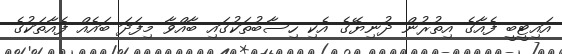
އައިޓީބީ ފެއާގެ އިތުރުން ދުނިޔޭގެ އެކި ހިސާބުތަކުގައި ބާއްވާ މިފަދަ ބައެއް ފެއާތަކުގެ